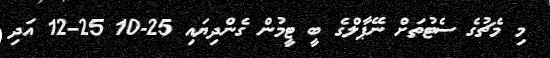
މި މެޗުގެ ސެޓުތަށް ނޭޕާލްގެ ބީ ޓީމުން ގެންދިޔައި 25-10 25-12 އަދި